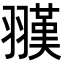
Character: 𦒅